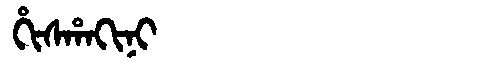
Manchu: ᡥᡳᠰᡥᠠᡴᡳᠨᡳ
Romanization: HISHAKINI